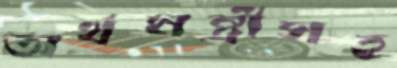
অর্থমন্ত্রীসহ